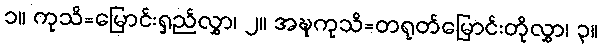
၁။ ကုသိ=မြောင်းရှည်လွှာ၊ ၂။ အဍ္ဎကုသိ=တရုတ်မြောင်းတိုလွှာ၊ ၃။